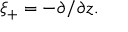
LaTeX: \xi _ { + } = - \partial / \partial z .